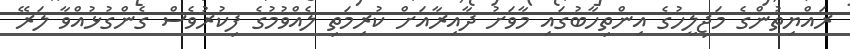
ރައްޔިތުންގެ މަޖިލީހުގެ އިންތިހާބުގައި މާވަށު ދާއިރާއަށް ކުރިމަތި ލެއްވުމުގެ ފިކުރުވެސް ގެންގުޅުއްވާ ލަރޭ